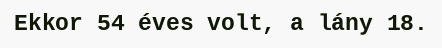
Ekkor 54 éves volt, a lány 18.